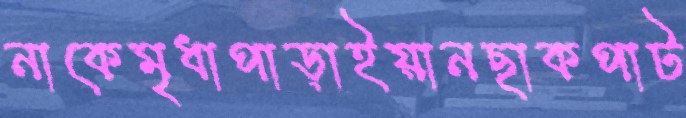
নাকেমৃধাপাড়াইয়ানছাকপাট